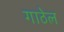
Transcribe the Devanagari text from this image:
गाठेल